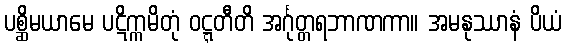
ပစ္ဆိမယာမေ ပဋိက္ကမိတုံ ဝဋ္ဋတီတိ အင်္ဂုတ္တရဘာဏကာ။ အမနုဿာနံ ပိယံ